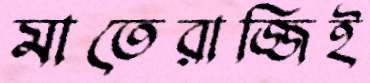
মাতেরাজ্জিই